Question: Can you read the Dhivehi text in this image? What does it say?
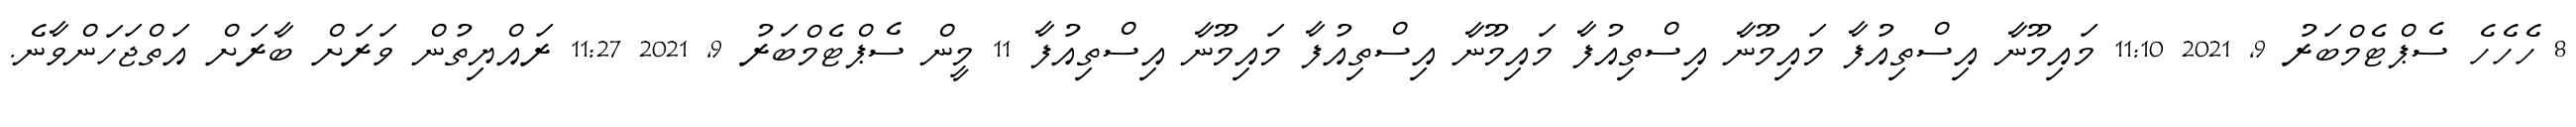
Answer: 8 ހެހެހެ ސެޕްޓެމްބަރު 9, 2021 11:10 މައިމޫނާ އިސްތިއުފާ މައިމޫނާ އިސްތިއުފާ މައިމޫނާ އިސްތިއުފާ މައިމޫނާ އިސްތިއުފާ 11 މީން ސެޕްޓެމްބަރު 9, 2021 11:27 ރައްޔިތުން ވަރަށް ބާރަށް އަތްޖަހަންވާނެ.